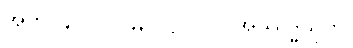
အဘိ-၄-ပါ-၁၄၃၊ ဋ္ဌ-၇၁။ ။အဿဒ္ဓသုတ်၊